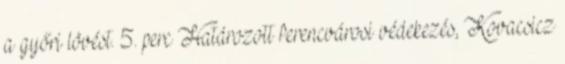
a győri lövést. 5. perc Határozott ferencvárosi védekezés, Kovacsicz